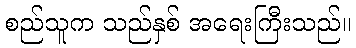
စည်သူက သည်နှစ် အရေးကြီးသည်။